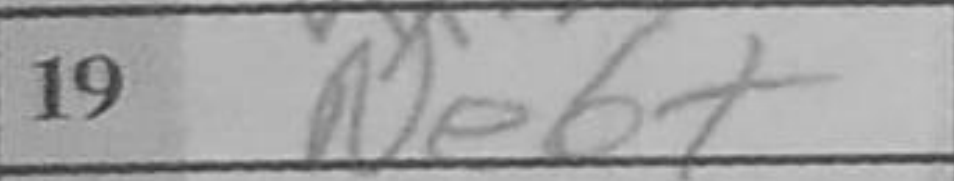
Transcription: Ne6+